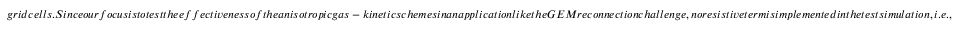
g r i d c e l l s . S i n c e o u r f o c u s i s t o t e s t t h e e f f e c t i v e n e s s o f t h e a n i s o t r o p i c g a s - k i n e t i c s c h e m e s i n a n a p p l i c a t i o n l i k e t h e G E M r e c o n n e c t i o n c h a l l e n g e , n o r e s i s t i v e t e r m i s i m p l e m e n t e d i n t h e t e s t s i m u l a t i o n , i . e . ,